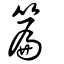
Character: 篇